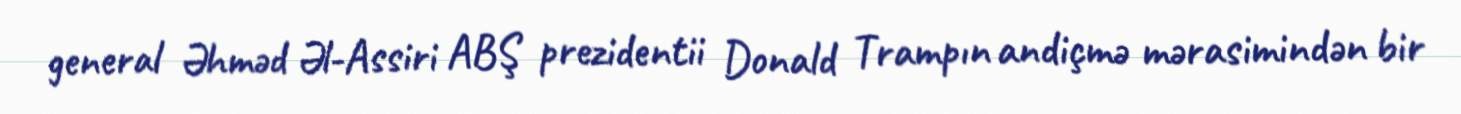
general Əhməd Əl-Assiri ABŞ prezidentii Donald Trampın andiçmə mərasimindən bir